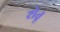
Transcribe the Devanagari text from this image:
शेतू